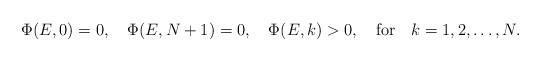
\begin{align*}\Phi(E,0)=0, \quad \Phi(E, N+1)=0, \quad\Phi(E,k)>0, \quad \mbox{for} \quad k=1,2,\ldots,N.\end{align*}